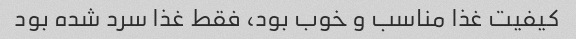
کیفیت غذا مناسب و خوب بود، فقط غذا سرد شده بود